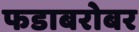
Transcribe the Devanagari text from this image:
फडाबरोबर